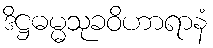
ဒိဋ္ဌဓမ္မသုခဝိဟာရာနံ